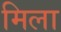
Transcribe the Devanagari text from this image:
मिला